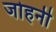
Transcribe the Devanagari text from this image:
जोहनी